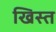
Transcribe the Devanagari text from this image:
खिस्‍त